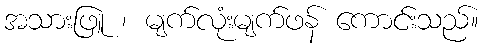
အသားဖြူ ၊ မျက်လုံးမျက်ဖန် ကောင်းသည်။